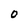
Character: 0